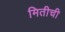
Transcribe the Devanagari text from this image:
मितीची